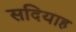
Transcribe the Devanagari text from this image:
सदियाह